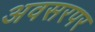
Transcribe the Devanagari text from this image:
अवसरपर